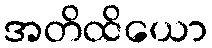
အတိထိယော